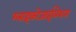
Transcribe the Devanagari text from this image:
ग्लाइकोजाईलेशन